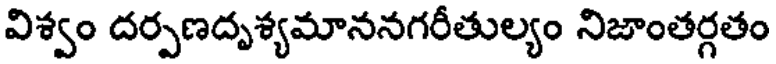
విశ్వం దర్పణదృశ్యమాననగరీతుల్యం నిజాంతర్గతం